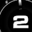
Digit: 2